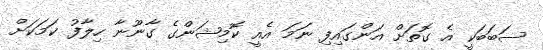
ސަބަބަކީ އެ ގޮތަށް އަންގައިފި ނަމަ އެއީ ކޮމިޝަންގެ ގާނޫނާ ހިލާފު ކަމަކަށް